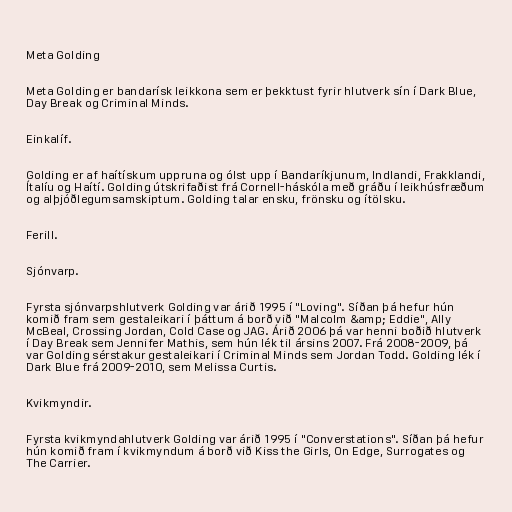
Meta Golding

Meta Golding er bandarísk leikkona sem er þekktust fyrir hlutverk sín í Dark Blue,
Day Break og Criminal Minds.

Einkalíf.

Golding er af haítískum uppruna og ólst upp í Bandaríkjunum, Indlandi, Frakklandi,
Ítalíu og Haítí. Golding útskrifaðist frá Cornell-háskóla með gráðu í leikhúsfræðum
og alþjóðlegumsamskiptum. Golding talar ensku, frönsku og ítölsku.

Ferill.

Sjónvarp.

Fyrsta sjónvarpshlutverk Golding var árið 1995 í "Loving". Síðan þá hefur hún
komið fram sem gestaleikari í þáttum á borð við "Malcolm &amp; Eddie", Ally
McBeal, Crossing Jordan, Cold Case og JAG. Árið 2006 þá var henni boðið hlutverk
í Day Break sem Jennifer Mathis, sem hún lék til ársins 2007. Frá 2008-2009, þá
var Golding sérstakur gestaleikari í Criminal Minds sem Jordan Todd. Golding lék í
Dark Blue frá 2009-2010, sem Melissa Curtis.

Kvikmyndir.

Fyrsta kvikmyndahlutverk Golding var árið 1995 í "Converstations". Síðan þá hefur
hún komið fram í kvikmyndum á borð við Kiss the Girls, On Edge, Surrogates og
The Carrier.